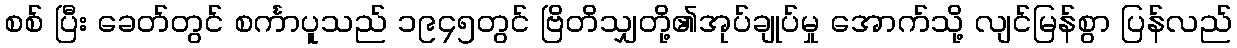
စစ် ပြီး ခေတ်တွင် စင်္ကာပူသည် ၁၉၄၅တွင် ဗြိတိသျှတို့၏အုပ်ချုပ်မှု အောက်သို့ လျင်မြန်စွာ ပြန်လည်